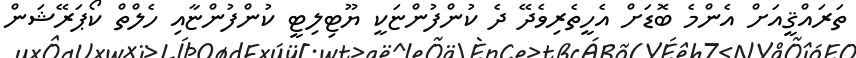
ތަރައްޤީއަށް އެންމެ ބޮޑަށް އެހީތެރިވެދޭ ދެ ކުންފުންޏަކީ ޔޫޓިލިޓީ ކުންފުންޏާއި ހެލްތް ކޯޕަރޭޝަން